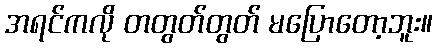
အရင်ကလို တတွတ်တွတ် မပြောတော့ဘူး။